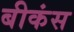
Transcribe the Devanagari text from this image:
बीकंस